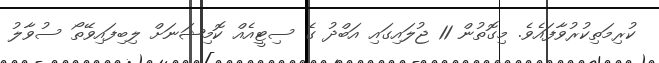
ކުރިމަތިކުރުވާފައެވެ. މިގޮތުން 11 ޖުލައިގައި އަބްދު ގެ ސިޓީއެއް ކޮމިޝަނަށް ލިބިފައިވޭތޯ ސުވާލު